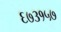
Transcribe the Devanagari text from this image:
६७३१५७